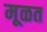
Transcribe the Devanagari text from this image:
मूळत